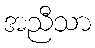
အညီသာ